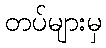
တပ်များမှ